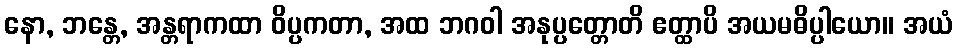
နော, ဘန္တေ, အန္တရာကထာ ဝိပ္ပကတာ, အထ ဘဂဝါ အနုပ္ပတ္တောတိ ဧတ္ထာပိ အယမဓိပ္ပါယော။ အယံ